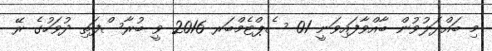
މި ބައްދަލުވުން ބާއްވާފައިވަނީ 01 ސެޕްޓެމްބަރ 2016 ވީ ބުރާސްފަތި ދުވަހުގެ ރޭ